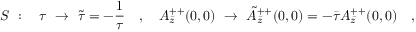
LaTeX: S \ : \ \ \ \tau \ \rightarrow \ \tilde { \tau } = - \frac { 1 } { \tau } \ \ \ , \ \ \ A _ { \bar { z } } ^ { + + } ( 0 , 0 ) \ \rightarrow \ \tilde { A } _ { \bar { z } } ^ { + + } ( 0 , 0 ) = - \bar { \tau } A _ { \bar { z } } ^ { + + } ( 0 , 0 ) \ \ \ ,